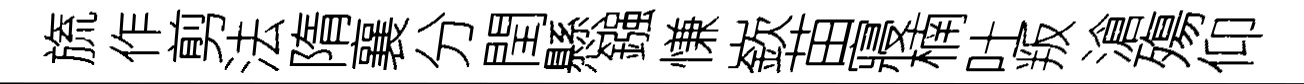
旒作剪法隋襄分閏懸鏹慊嶔苗寢楠吐叛滄殤仰